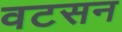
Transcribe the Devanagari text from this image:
वटसन